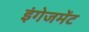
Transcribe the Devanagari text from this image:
इंगेजमेंट